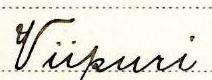
Viipuri